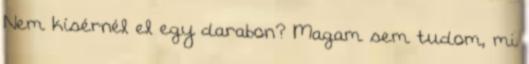
Nem kísérnél el egy darabon? Magam sem tudom, mi